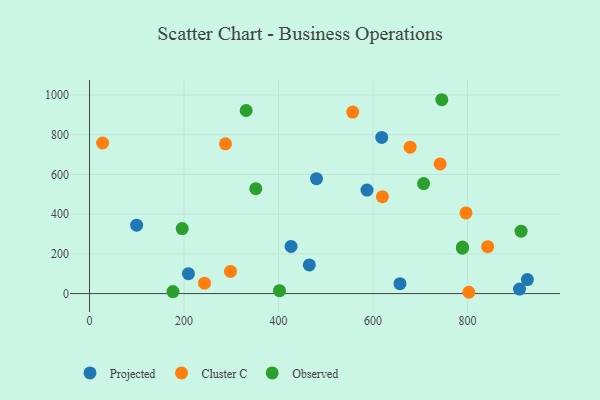
{"axis": {"x": "Investment", "y": "Profit"}, "legend": ["Cluster C", "Observed", "Projected"], "data": [{"x": "426.5", "y": 237.3, "type": "Projected"}, {"x": "480.3", "y": 578.8, "type": "Projected"}, {"x": "618.4", "y": 786.1, "type": "Projected"}, {"x": "209.3", "y": 100.4, "type": "Projected"}, {"x": "657.0", "y": 49.9, "type": "Projected"}, {"x": "910.0", "y": 22.9, "type": "Projected"}, {"x": "587.2", "y": 521.0, "type": "Projected"}, {"x": "926.6", "y": 70.7, "type": "Projected"}, {"x": "99.7", "y": 344.6, "type": "Projected"}, {"x": "465.1", "y": 144.3, "type": "Projected"}, {"x": "298.3", "y": 111.4, "type": "Cluster C"}, {"x": "742.0", "y": 653.0, "type": "Cluster C"}, {"x": "619.8", "y": 488.0, "type": "Cluster C"}, {"x": "243.3", "y": 52.3, "type": "Cluster C"}, {"x": "287.7", "y": 754.3, "type": "Cluster C"}, {"x": "678.4", "y": 737.0, "type": "Cluster C"}, {"x": "796.6", "y": 406.0, "type": "Cluster C"}, {"x": "557.0", "y": 913.9, "type": "Cluster C"}, {"x": "802.7", "y": 6.6, "type": "Cluster C"}, {"x": "27.7", "y": 758.2, "type": "Cluster C"}, {"x": "842.7", "y": 236.0, "type": "Cluster C"}, {"x": "176.6", "y": 9.9, "type": "Observed"}, {"x": "707.0", "y": 554.1, "type": "Observed"}, {"x": "789.4", "y": 234.4, "type": "Observed"}, {"x": "402.0", "y": 14.7, "type": "Observed"}, {"x": "196.1", "y": 327.3, "type": "Observed"}, {"x": "789.1", "y": 228.4, "type": "Observed"}, {"x": "745.5", "y": 976.1, "type": "Observed"}, {"x": "913.3", "y": 314.1, "type": "Observed"}, {"x": "351.8", "y": 528.0, "type": "Observed"}, {"x": "331.4", "y": 921.9, "type": "Observed"}]}